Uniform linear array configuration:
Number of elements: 24
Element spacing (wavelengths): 0.5
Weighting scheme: cosine
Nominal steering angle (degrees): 15
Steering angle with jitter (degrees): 15.15
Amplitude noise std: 0.05
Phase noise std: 0.05

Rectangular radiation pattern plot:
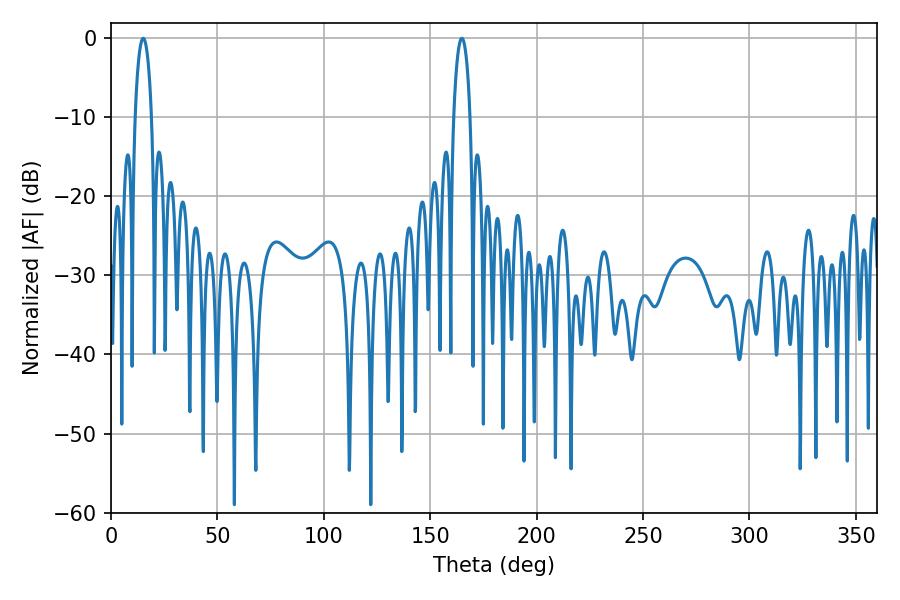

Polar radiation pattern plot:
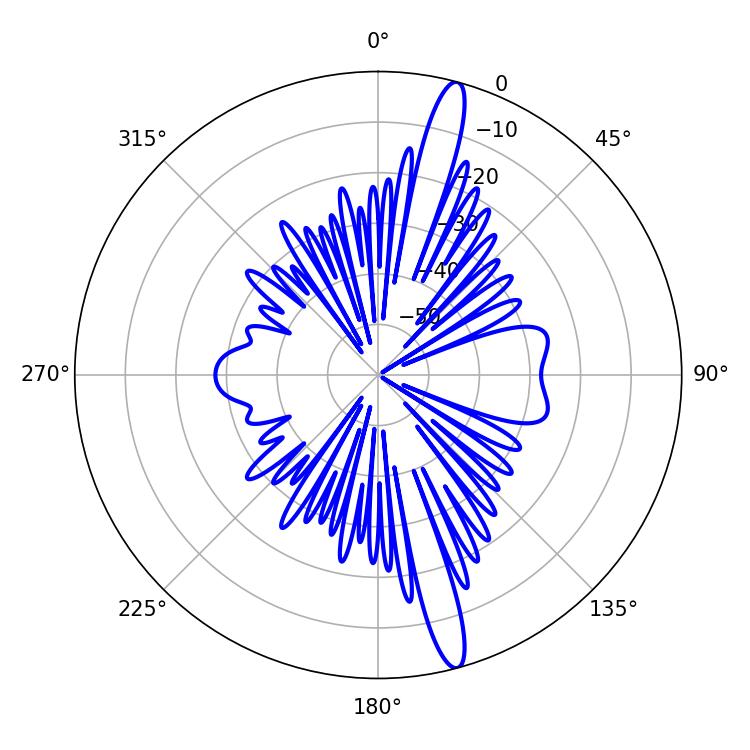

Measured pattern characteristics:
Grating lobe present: FALSE
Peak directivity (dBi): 16.397
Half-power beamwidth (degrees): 4.32
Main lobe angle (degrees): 164.88